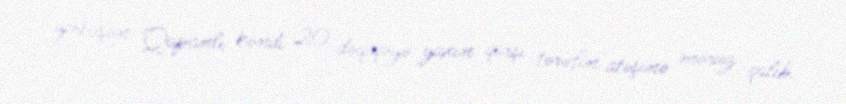
yerləşən Qapanlı kəndi 20 dəqiqəyə yaxın qarşı tərəfin atəşinə məruz qalıb.